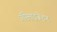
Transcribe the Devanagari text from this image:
ॲप्टिमाइजेशन